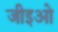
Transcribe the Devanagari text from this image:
जीइओ